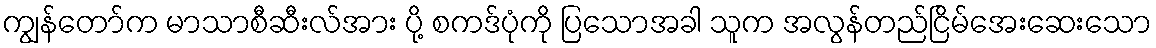
ကျွန်တော်က မာသာစီဆီးလ်အား ပို့ စကဒ်ပုံကို ပြသောအခါ သူက အလွန်တည်ငြိမ်အေးဆေးသော